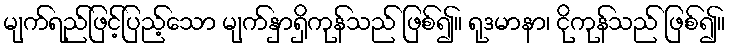
မျက်ရည်ဖြင့်ပြည့်သော မျက်နှာရှိကုန်သည် ဖြစ်၍။ ရုဒမာနာ၊ ငိုကုန်သည် ဖြစ်၍။